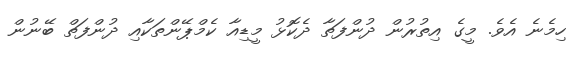
ހިމެނެ އެވެ. މީގެ އިތުރުން ދުންފަތާ ދެކޮޅު މީޑިއާ ކެމްޕޭންތަކާއި ދުންފަތް ބޭނުން